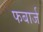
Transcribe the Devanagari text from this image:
फबार्ज